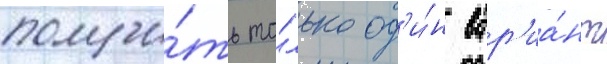
получи́ть то́лько од'и́н вар'иа́нт